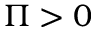
\Pi > 0